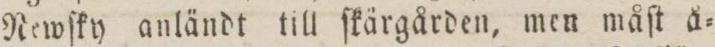
Rewſky anländt till ſkärgården, men måſt å=